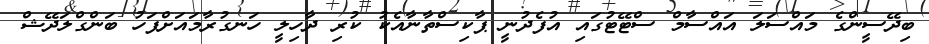
ބިދޭސީންގެ މައްސަލަ އައްސާމް ސްޓޭޓުގައި އުފެދުނީ ޕާކިސްތާނާއެކު ކުރި ދާހިލީ ހަނގުރާމައަށްފަހު ބަންގްލަދޭޝް